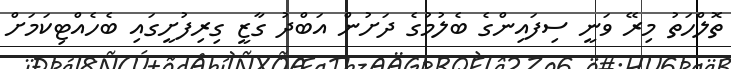
ތޮލްހަތު މިރޭ ވަނީ ސިފައިންގެ ބެލުމުގެ ދަށުން އަބްދު ގާޒީ ގިރިފުށީގައި ބެހެއްޓިކަމަށް